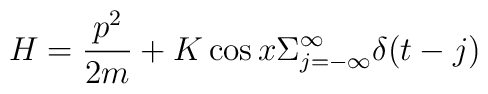
H = \frac{p^{2}}{2m}  + K \cos x \Sigma_{j=-\infty}^{\infty} \delta(t - j)